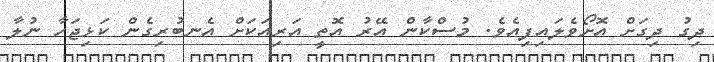
ދިގު ދިގަށް އޮށޯވެލައިފިއެވެ. މުސްކާން އޭރު އޮތީ އަރިއަކަށް އެނބުރިގެން ކަޅިޖަހާ ނުލާ